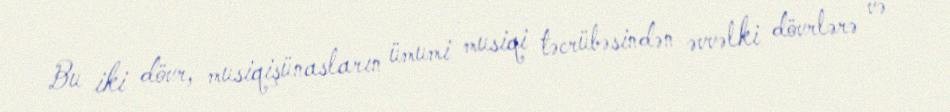
Bu iki dövr, musiqişünasların ümumi musiqi təcrübəsindən əvvəlki dövrlərə və